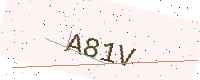
Text: A81V